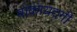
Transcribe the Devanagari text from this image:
बाक़ायदगी